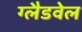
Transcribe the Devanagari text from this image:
ग्लैडवेल